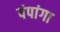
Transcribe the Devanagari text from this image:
पंपांगा